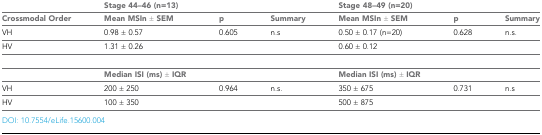
<table><thead><tr><td></td><td><b>Stage 44–46 (n=13)</b></td><td></td><td></td><td><b>Stage 48–49 (n=20)</b></td><td></td><td></td></tr><tr><td><b>Crossmodal Order</b></td><td><b>Mean MSIn ± SEM</b></td><td><b>p</b></td><td><b>Summary</b></td><td><b>Mean MSIn ± SEM</b></td><td><b>p</b></td><td><b>Summary</b></td></tr></thead><tbody><tr><td>VH</td><td>0.98 ± 0.57</td><td>0.605</td><td>n.s</td><td>0.50 ± 0.17 (n=20)</td><td>0.628</td><td>n.s.</td></tr><tr><td>HV</td><td>1.31 ± 0.26</td><td></td><td></td><td>0.60 ± 0.12</td><td></td><td></td></tr><tr><td></td><td><b>Median ISI (ms) ± IQR</b></td><td></td><td></td><td><b>Median ISI (ms) ± IQR</b></td><td></td><td></td></tr><tr><td>VH</td><td>200 ± 250</td><td>0.964</td><td>n.s.</td><td>350 ± 675</td><td>0.731</td><td>n.s</td></tr><tr><td>HV</td><td>100 ± 350</td><td></td><td></td><td>500 ± 875</td><td></td><td></td></tr></tbody></table>